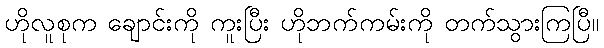
ဟိုလူစုက ချောင်းကို ကူးပြီး ဟိုဘက်ကမ်းကို တက်သွားကြပြီ။